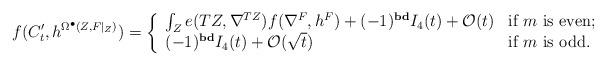
LaTeX: \begin{align*}\begin{aligned}f(C'_{t}, h^{\Omega^{\bullet}(Z, F|_{Z})})=\left\{\begin{array}{ll} \int_{Z}e(TZ, \nabla^{TZ})f(\nabla^{F}, h^{F})+(-1)^{{\rm \mathbf{bd}}}I_{4}(t)+\mathcal{O}(t) & \hbox{if $m$ is even;} \\ (-1)^{{\rm \mathbf{bd}}}I_{4}(t)+\mathcal{O}(\sqrt{t}) & \hbox{if $m$ is odd.} \end{array}\right.\end{aligned}\end{align*}